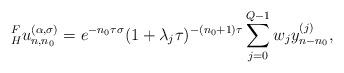
LaTeX: \begin{align*}\begin{aligned}{}_H^F{u}_{n,n_0}^{(\alpha,\sigma)} =e^{-n_0\tau\sigma}(1+\lambda_j\tau)^{-(n_0+1)\tau}\sum_{j=0}^{Q-1}w_jy^{(j)}_{n-n_0},\end{aligned}\end{align*}